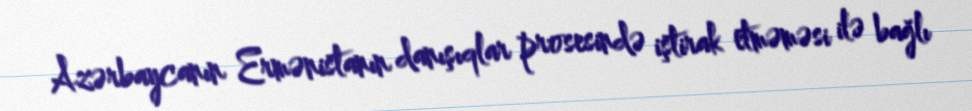
Azərbaycanın Ermənistanın danışıqlar prosesində iştirak etməməsi ilə bağlı